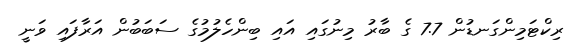
ރިކްޓަމިންގަނޑުން 7.7 ގެ ބާރު މިނުގައި އައި ބިންހެލުމުގެ ސަބަބުން އަރާފައި ވަނީ